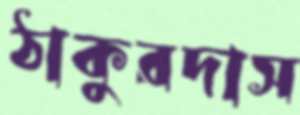
ঠাকুরদাস